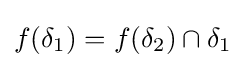
f(\delta _{1})=f(\delta _{2})\cap \delta _{1}